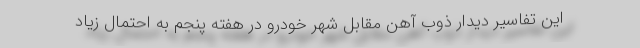
این تفاسیر دیدار ذوب آهن مقابل شهر خودرو در هفته پنجم به احتمال زیاد